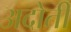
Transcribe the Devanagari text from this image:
अदोती